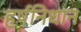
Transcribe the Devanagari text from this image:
हर्षनिधान